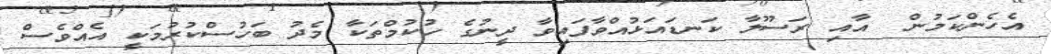
އެހެންކަމުން  އާއި ރަސޫލާ ކަނޑައަޅުއްވާފައިވާ ދީނުގެ ހުކުމްތަކާ މެދު ބަހުސްކުރުމަކީ އެއްވެސް